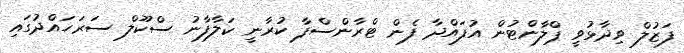
ފަޒުލް ވިދާޅުވީ ޕްލާންޓުން އުފައްދާ ފެން ޓްރާންސްފާ ކުރާނީ ކަލާފާނު ސްކޫލް ސަރަހައްދުގައި